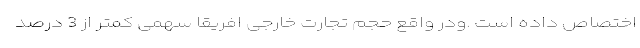
اختصاص داده است .ودر واقع حجم تجارت خارجی افریقا سهمی کمتر از 3 درصد